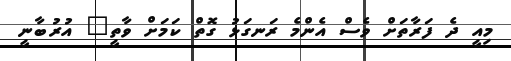
މިއީ ދެ ފަރާތަށް ވެސް އެންމެ ރަނގަޅު ގޮތް ކަމަށް ވާތީ" އުރުބާނީ